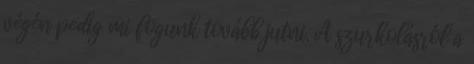
végén pedig mi fogunk tovább jutni. A szurkolásról a